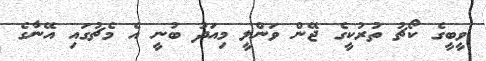
ވީބީގެ ކޯޗު ތުރުކީގެ ޖޭން ވަންލީ މިއަދު ބުނީ އެ މެޗުގައި އޭނާގެ